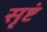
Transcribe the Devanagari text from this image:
सृष्टं